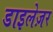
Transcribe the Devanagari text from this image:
डाइलेज़र